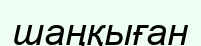
шаңқыған